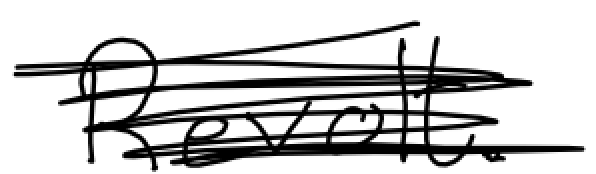
Text: Revolt.
Cross-out: scratch
Writing tool: digital_black